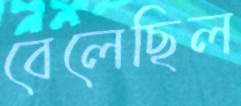
বেলেছিল